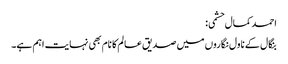
احمد کمال حشمی:
بنگال کے ناول نگاروں میں صدیق عالم کا نام بھی نہایت اہم ہے۔